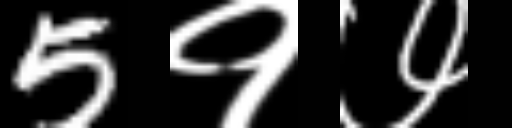
Text: 5१७